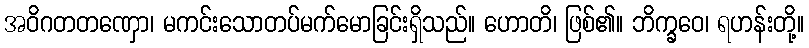
အဝိဂတတဏှော၊ မကင်းသောတပ်မက်မောခြင်းရှိသည်။ ဟောတိ၊ ဖြစ်၏။ ဘိက္ခဝေ၊ ရဟန်းတို့။